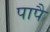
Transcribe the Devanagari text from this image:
पापै